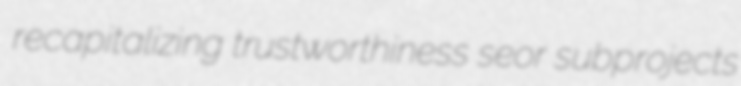
recapitalizing trustworthiness seor subprojects